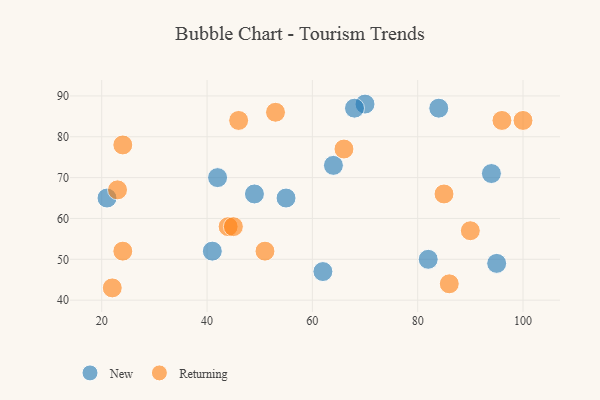
{"axis": {"x": "GDP", "y": "Life Expectancy"}, "legend": ["New", "Returning"], "data": [{"x": "94", "y": 71, "type": "New"}, {"x": "64", "y": 73, "type": "New"}, {"x": "55", "y": 65, "type": "New"}, {"x": "49", "y": 66, "type": "New"}, {"x": "84", "y": 87, "type": "New"}, {"x": "82", "y": 50, "type": "New"}, {"x": "41", "y": 52, "type": "New"}, {"x": "70", "y": 88, "type": "New"}, {"x": "42", "y": 70, "type": "New"}, {"x": "62", "y": 47, "type": "New"}, {"x": "21", "y": 65, "type": "New"}, {"x": "95", "y": 49, "type": "New"}, {"x": "68", "y": 87, "type": "New"}, {"x": "85", "y": 66, "type": "Returning"}, {"x": "24", "y": 52, "type": "Returning"}, {"x": "46", "y": 84, "type": "Returning"}, {"x": "90", "y": 57, "type": "Returning"}, {"x": "96", "y": 84, "type": "Returning"}, {"x": "100", "y": 84, "type": "Returning"}, {"x": "23", "y": 67, "type": "Returning"}, {"x": "24", "y": 78, "type": "Returning"}, {"x": "53", "y": 86, "type": "Returning"}, {"x": "86", "y": 44, "type": "Returning"}, {"x": "44", "y": 58, "type": "Returning"}, {"x": "22", "y": 43, "type": "Returning"}, {"x": "45", "y": 58, "type": "Returning"}, {"x": "66", "y": 77, "type": "Returning"}, {"x": "51", "y": 52, "type": "Returning"}]}